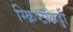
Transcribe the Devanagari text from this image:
स्क्रिप्टकिड्डी